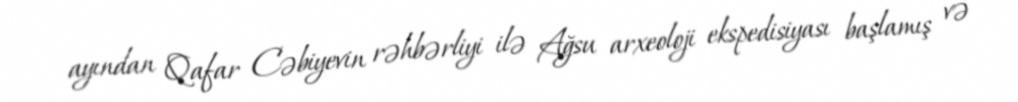
ayından Qafar Cəbiyevin rəhbərliyi ilə Ağsu arxeoloji ekspedisiyası başlamış və